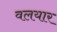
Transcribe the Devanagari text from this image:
वलयार